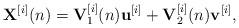
LaTeX: \begin{align*}{{\bf{X}}^{[i]}}(n) = {\bf{V}}_1^{[i]}(n){{\bf{u}}^{[i]}} + {\bf{V}}_2^{[i]}(n){{\bf{v}}^{[i]}},\end{align*}